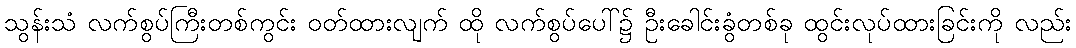
သွန်းသံ လက်စွပ်ကြီးတစ်ကွင်း ဝတ်ထားလျက် ထို လက်စွပ်ပေါ်၌ ဦးခေါင်းခွံတစ်ခု ထွင်းလုပ်ထားခြင်းကို လည်း